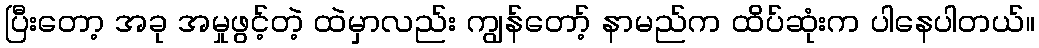
ပြီးတော့ အခု အမှုဖွင့်တဲ့ ထဲမှာလည်း ကျွန်တော့် နာမည်က ထိပ်ဆုံးက ပါနေပါတယ်။